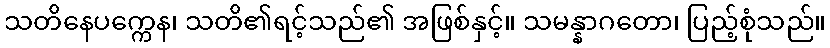
သတိနေပက္ကေန၊ သတိ၏ရင့်သည်၏ အဖြစ်နှင့်။ သမန္နာဂတော၊ ပြည့်စုံသည်။